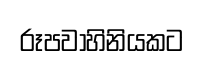
රූපවාහිනියකට